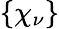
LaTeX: \left\{ \chi_{\nu}\right\}